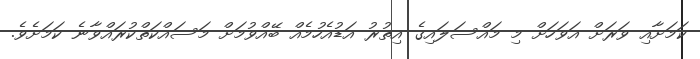
ކަމަށާއި ވަރަށް އަވަހަށް މި މައްސަލައިގެ އިތުރު އަޑުއެހުމެއް ބޭއްވުމަށް މަސައްކަތްކުރައްވާނެ ކަމަށެވެ.